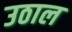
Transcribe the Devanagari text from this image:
उठाल